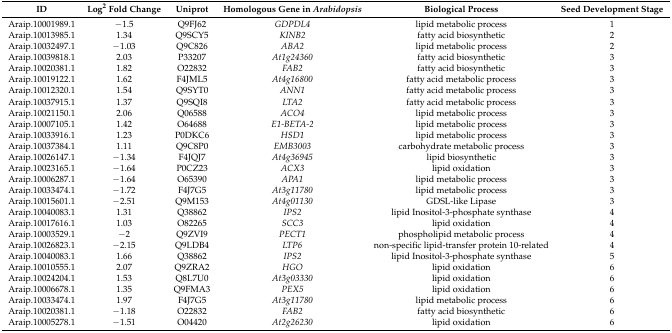
<table><thead><tr><td><b>ID</b></td><td><b>Log<sup>2</sup> Fold Change</b></td><td><b>Uniprot</b></td><td><b>Homologous Gene in <i>Arabidopsis</i></b></td><td><b>Biological Process</b></td><td><b>Seed Development Stage</b></td></tr></thead><tbody><tr><td>Araip.10001989.1</td><td>−1.5</td><td>Q9FJ62</td><td><i>GDPDL4</i></td><td>lipid metabolic process</td><td>1</td></tr><tr><td>Araip.10013985.1</td><td>1.34</td><td>Q9SCY5</td><td><i>KINB2</i></td><td>fatty acid biosynthetic</td><td>2</td></tr><tr><td>Araip.10032497.1</td><td>−1.03</td><td>Q9C826</td><td><i>ABA2</i></td><td>lipid metabolic process</td><td>2</td></tr><tr><td>Araip.10039818.1</td><td>2.03</td><td>P33207</td><td><i>At1g24360</i></td><td>fatty acid biosynthetic</td><td>3</td></tr><tr><td>Araip.10020381.1</td><td>1.82</td><td>O22832</td><td><i>FAB2</i></td><td>fatty acid biosynthetic</td><td>3</td></tr><tr><td>Araip.10019122.1</td><td>1.62</td><td>F4JML5</td><td><i>At4g16800</i></td><td>fatty acid metabolic process</td><td>3</td></tr><tr><td>Araip.10012320.1</td><td>1.54</td><td>Q9SYT0</td><td><i>ANN1</i></td><td>fatty acid metabolic process</td><td>3</td></tr><tr><td>Araip.10037915.1</td><td>1.37</td><td>Q9SQI8</td><td><i>LTA2</i></td><td>fatty acid metabolic process</td><td>3</td></tr><tr><td>Araip.10021150.1</td><td>2.06</td><td>Q06588</td><td><i>ACO4</i></td><td>lipid metabolic process</td><td>3</td></tr><tr><td>Araip.10007105.1</td><td>1.42</td><td>O64688</td><td><i>E1-BETA-2</i></td><td>lipid metabolic process</td><td>3</td></tr><tr><td>Araip.10033916.1</td><td>1.23</td><td>P0DKC6</td><td><i>HSD1</i></td><td>lipid metabolic process</td><td>3</td></tr><tr><td>Araip.10037384.1</td><td>1.11</td><td>Q9C8P0</td><td><i>EMB3003</i></td><td>carbohydrate metabolic process</td><td>3</td></tr><tr><td>Araip.10026147.1</td><td>−1.34</td><td>F4JQJ7</td><td><i>At4g36945</i></td><td>lipid biosynthetic</td><td>3</td></tr><tr><td>Araip.10023165.1</td><td>−1.64</td><td>P0CZ23</td><td><i>ACX3</i></td><td>lipid oxidation</td><td>3</td></tr><tr><td>Araip.10006287.1</td><td>−1.64</td><td>O65390</td><td><i>APA1</i></td><td>lipid metabolic process</td><td>3</td></tr><tr><td>Araip.10033474.1</td><td>−1.72</td><td>F4J7G5</td><td><i>At3g11780</i></td><td>lipid metabolic process</td><td>3</td></tr><tr><td>Araip.10015601.1</td><td>−2.51</td><td>Q9M153</td><td><i>At4g01130</i></td><td>GDSL-like Lipase</td><td>3</td></tr><tr><td>Araip.10040083.1</td><td>1.31</td><td>Q38862</td><td><i>IPS2</i></td><td>lipid Inositol-3-phosphate synthase</td><td>4</td></tr><tr><td>Araip.10017616.1</td><td>1.03</td><td>O82265</td><td><i>SCC3</i></td><td>lipid oxidation</td><td>4</td></tr><tr><td>Araip.10003529.1</td><td>−2</td><td>Q9ZVI9</td><td><i>PECT1</i></td><td>phospholipid metabolic process</td><td>4</td></tr><tr><td>Araip.10026823.1</td><td>−2.15</td><td>Q9LDB4</td><td><i>LTP6</i></td><td>non-specific lipid-transfer protein 10-related</td><td>4</td></tr><tr><td>Araip.10040083.1</td><td>1.66</td><td>Q38862</td><td><i>IPS2</i></td><td>lipid Inositol-3-phosphate synthase</td><td>5</td></tr><tr><td>Araip.10010555.1</td><td>2.07</td><td>Q9ZRA2</td><td><i>HGO</i></td><td>lipid oxidation</td><td>6</td></tr><tr><td>Araip.10024204.1</td><td>1.53</td><td>Q8L7U0</td><td><i>At3g03330</i></td><td>lipid oxidation</td><td>6</td></tr><tr><td>Araip.10006678.1</td><td>1.35</td><td>Q9FMA3</td><td><i>PEX5</i></td><td>lipid oxidation</td><td>6</td></tr><tr><td>Araip.10033474.1</td><td>1.97</td><td>F4J7G5</td><td><i>At3g11780</i></td><td>lipid metabolic process</td><td>6</td></tr><tr><td>Araip.10020381.1</td><td>−1.18</td><td>O22832</td><td><i>FAB2</i></td><td>fatty acid biosynthetic</td><td>6</td></tr><tr><td>Araip.10005278.1</td><td>−1.51</td><td>O04420</td><td><i>At2g26230</i></td><td>lipid oxidation</td><td>6</td></tr></tbody></table>